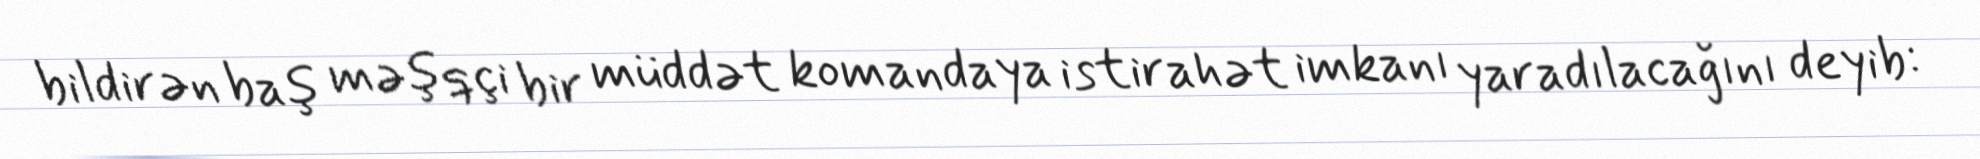
bildirən baş məşqçi bir müddət komandaya istirahət imkanı yaradılacağını deyib: